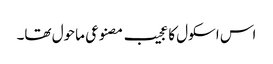
اس اسکول کا عجیب مصنوعی ماحول تھا۔